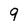
Character: 9